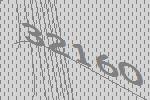
32160